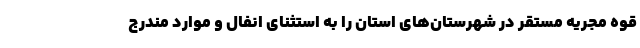
قوه مجریه مستقر در شهرستان‌های استان را به استثنای انفال و موارد مندرج